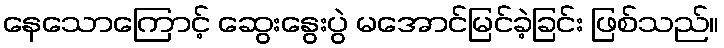
နေသောကြောင့် ဆွေးနွေးပွဲ မအောင်မြင်ခဲ့ခြင်း ဖြစ်သည်။